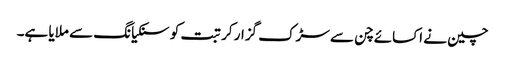
چین نے اکسائے چن سے سڑک گزار کر تبت کو سنکیانگ سے ملایا ہے۔